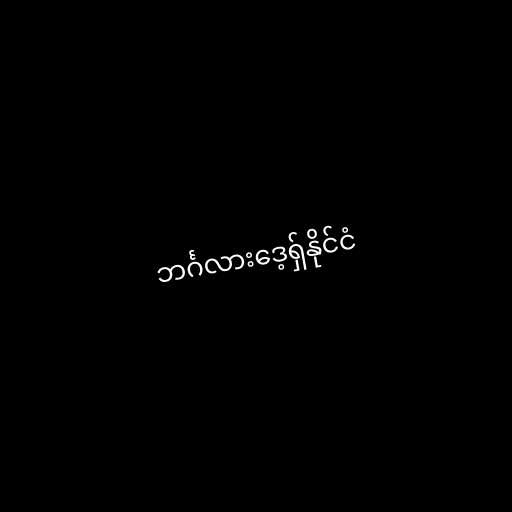
ဘင်္ဂလားဒေ့ရှ်နိုင်ငံ